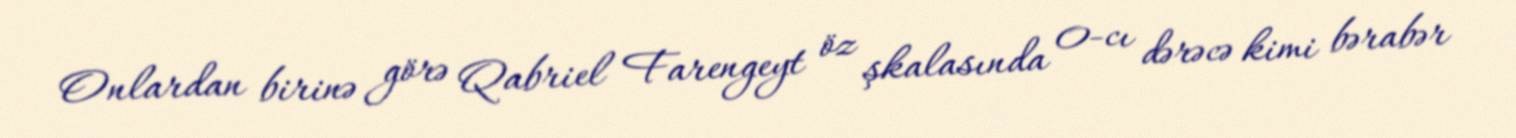
Onlardan birinə görə Qabriel Farengeyt öz şkalasında 0-cı dərəcə kimi bərabər